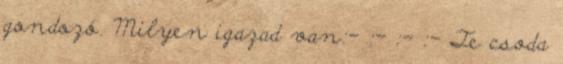
gondozó. Milyen igazad van:- :- :- :- Te csoda